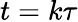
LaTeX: t=k\tau